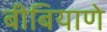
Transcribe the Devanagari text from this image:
बीबियाणे